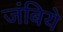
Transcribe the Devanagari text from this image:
जंबिये